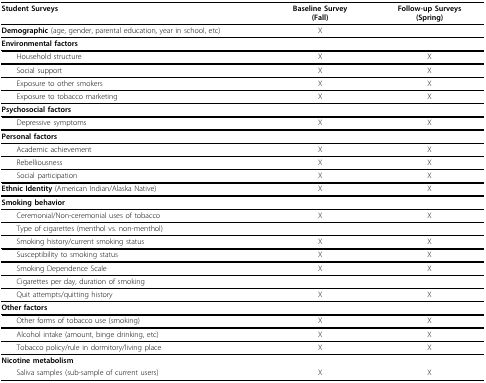
<table><thead><tr><td><b>Student Surveys</b></td><td><b>Baseline Survey(Fall)</b></td><td><b>Follow-up Surveys(Spring)</b></td></tr></thead><tbody><tr><td><b>Demographic </b>(age, gender, parental education, year in school, etc)</td><td>X</td><td></td></tr><tr><td colspan="3"><b>Environmental factors</b></td></tr><tr><td> Household structure</td><td>X</td><td>X</td></tr><tr><td> Social support</td><td>X</td><td>X</td></tr><tr><td> Exposure to other smokers</td><td>X</td><td>X</td></tr><tr><td> Exposure to tobacco marketing</td><td>X</td><td>X</td></tr><tr><td colspan="3"><b>Psychosocial factors</b></td></tr><tr><td> Depressive symptoms</td><td>X</td><td>X</td></tr><tr><td colspan="3"><b>Personal factors</b></td></tr><tr><td> Academic achievement</td><td>X</td><td>X</td></tr><tr><td> Rebelliousness</td><td>X</td><td>X</td></tr><tr><td> Social participation</td><td>X</td><td>X</td></tr><tr><td><b>Ethnic Identity </b>(American Indian/Alaska Native)</td><td>X</td><td>X</td></tr><tr><td colspan="3"><b>Smoking behavior</b></td></tr><tr><td> Ceremonial/Non-ceremonial uses of tobacco</td><td>X</td><td>X</td></tr><tr><td> Type of cigarettes (menthol vs. non-menthol)</td><td></td><td></td></tr><tr><td> Smoking history/current smoking status</td><td>X</td><td>X</td></tr><tr><td> Susceptibility to smoking status</td><td>X</td><td>X</td></tr><tr><td> Smoking Dependence Scale</td><td>X</td><td>X</td></tr><tr><td> Cigarettes per day, duration of smoking</td><td></td><td></td></tr><tr><td> Quit attempts/quitting history</td><td>X</td><td>X</td></tr><tr><td colspan="3"><b>Other factors</b></td></tr><tr><td> Other forms of tobacco use (smoking)</td><td>X</td><td>X</td></tr><tr><td> Alcohol intake (amount, binge drinking, etc)</td><td>X</td><td>X</td></tr><tr><td> Tobacco policy/rule in dormitory/living place</td><td>X</td><td>X</td></tr><tr><td><b>Nicotine metabolism</b></td><td></td><td></td></tr><tr><td> Saliva samples (sub-sample of current users)</td><td>X</td><td>X</td></tr></tbody></table>